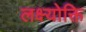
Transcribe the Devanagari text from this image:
लक्ष्योक्ति